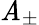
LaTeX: \mathit{A}_{\pm}